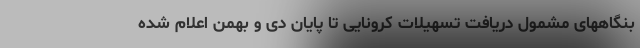
بنگاههای مشمول دریافت تسهیلات کرونایی تا پایان دی و بهمن اعلام شده